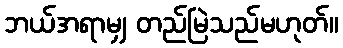
ဘယ်အရာမျှ တည်မြဲသည်မဟုတ်။